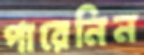
পারেনিন